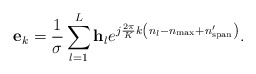
\begin{align*} {{\bf{e}}_k} = \frac{1}{{ \sigma }}\sum\limits_{l = 1}^L {{{\bf{h}}_l}{e^{j\frac{{2\pi }}{K}k\left( {{n_l} - {n_{\max }} + {n'_{{\rm{span}}}}} \right)}}}. \end{align*}